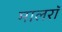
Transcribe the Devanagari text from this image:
मालरॉ